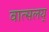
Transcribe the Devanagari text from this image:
वात्सलय्